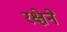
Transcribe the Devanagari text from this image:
रक्षेने